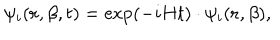
\psi _ { i } ( { \bf r } , \beta , t ) = \exp ( - i H t ) \cdot \psi _ { i } ( { \bf r } , \beta ) ,